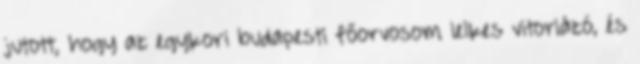
jutott, hogy az egykori budapesti főorvosom lelkes vitorlázó, és